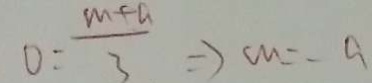
O = \frac { m + a } { 3 } \Rightarrow c m = - a